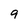
Character: 9